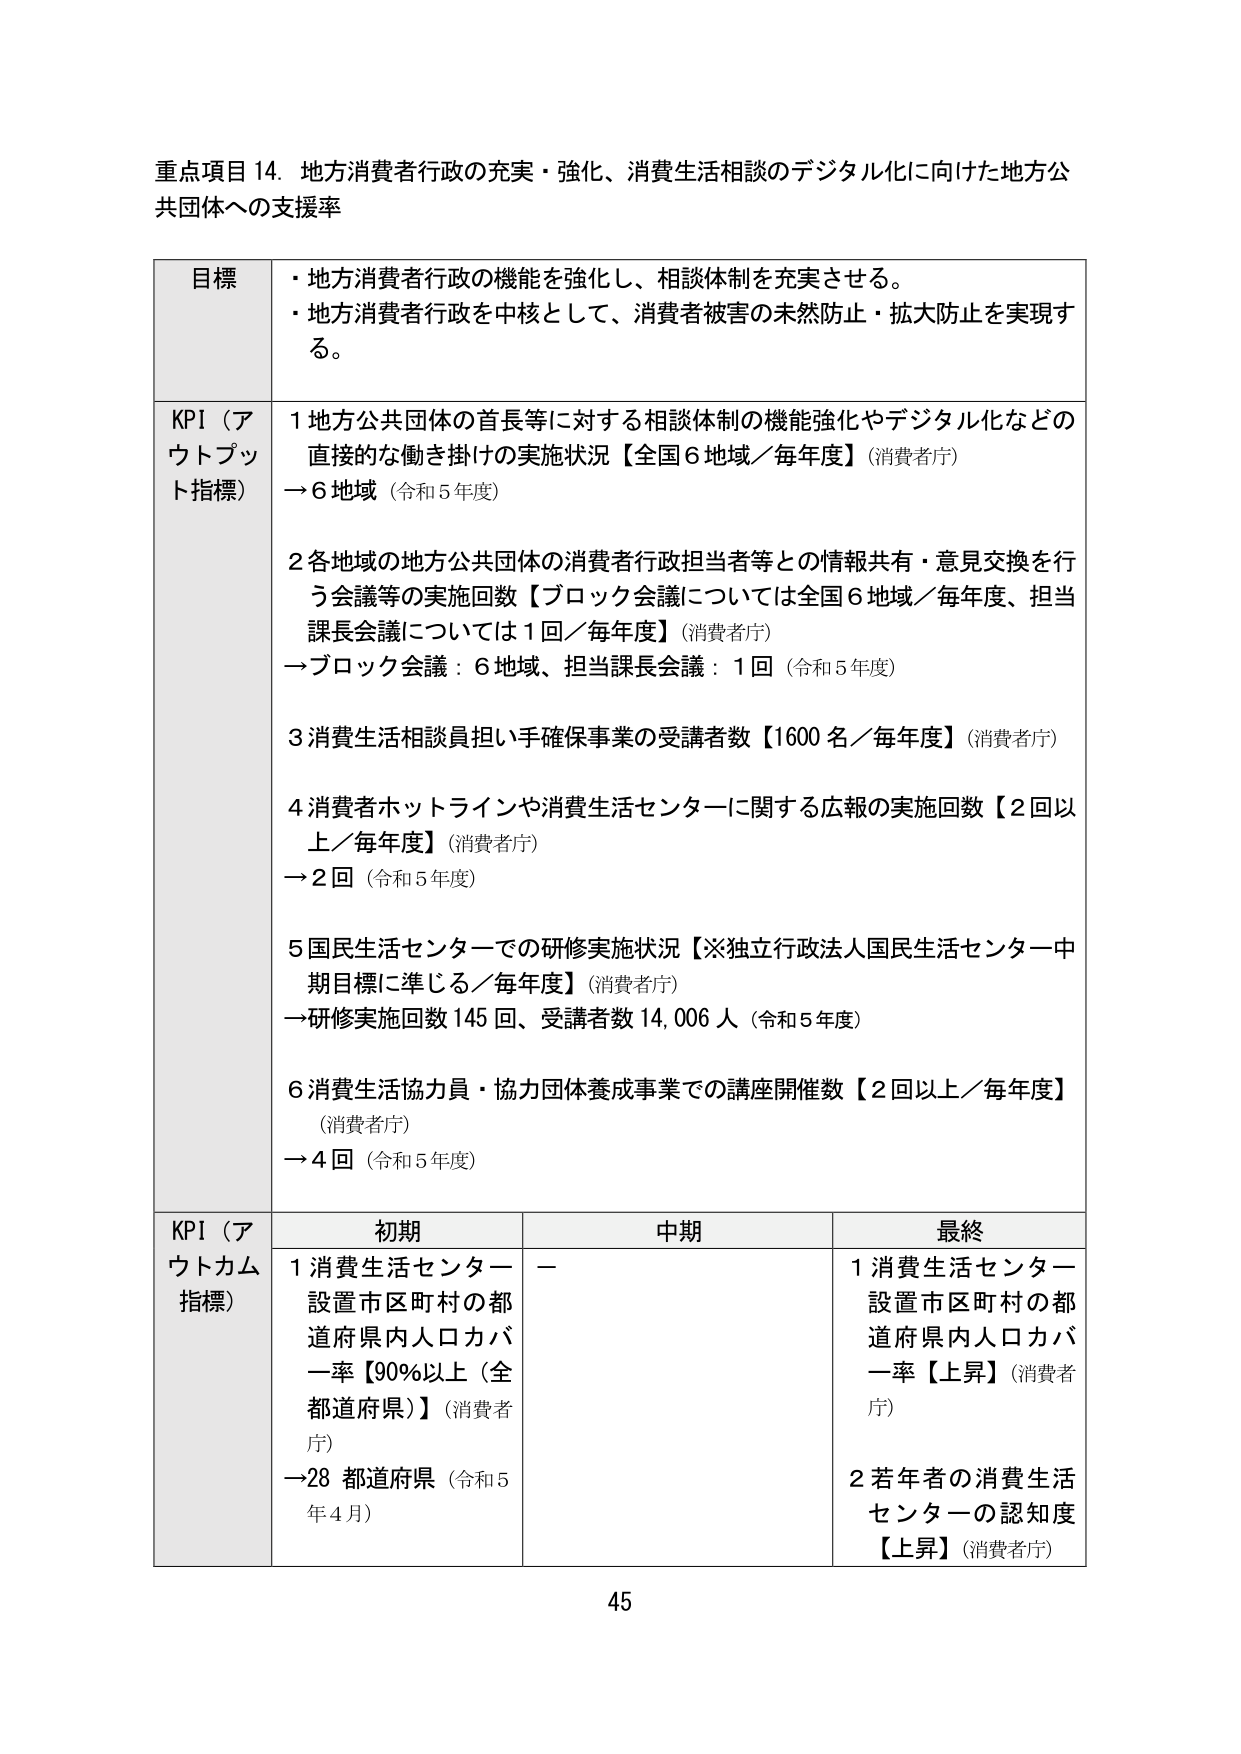
重点項目 14. 地方消費者行政の充実・強化、消費生活相談のデジタル化に向けた地方公共団体への支援率

目標
・地方消費者行政の機能を強化し、相談体制を充実させる。
・地方消費者行政を中核として、消費者被害の未然防止・拡大防止を実現する。

KPI（アウトプット指標）
1 地方公共団体の首長等に対する相談体制の機能強化やデジタル化などの直接的な働き掛けの実施状況【全国6地域／毎年度】（消費者庁）
→6地域（令和5年度）

2 各地域の地方公共団体の消費者行政担当者等との情報共有・意見交換を行う会議等の実施回数【ブロック会議については全国6地域／毎年度、担当課長会議については1回／毎年度】（消費者庁）
→ブロック会議：6地域、担当課長会議：1回（令和5年度）

3 消費生活相談員担い手確保事業の受講者数【1600名／毎年度】（消費者庁）

4 消費者ホットラインや消費生活センターに関する広報の実施回数【2回以上／毎年度】（消費者庁）
→2回（令和5年度）

5 国民生活センターでの研修実施状況【※独立行政法人国民生活センター中期目標に準じる／毎年度】（消費者庁）
→研修実施回数145回、受講者数14,006人（令和5年度）

6 消費生活協力員・協力団体養成事業での講座開催数【2回以上／毎年度】（消費者庁）
→4回（令和5年度）

KPI（アウトカム指標）
初期
1 消費生活センター設置市区町村の都道府県内人口カバー率【90%以上（全都道府県）】（消費者庁）
→28 都道府県（令和5年4月）

中期
－

最終
1 消費生活センター設置市区町村の都道府県内人口カバー率【上昇】（消費者庁）
2 若年者の消費生活センターの認知度【上昇】（消費者庁）

45